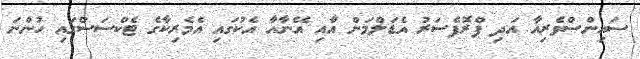
ސައިންސްވެރިއާ އަދި ޕްރޮފެސަރު އެޑަލްމަން އާއި އޭނާއާ އެކުގައި އެމެރިކާގެ ޓެކްސަސްގައި ހުންނަ